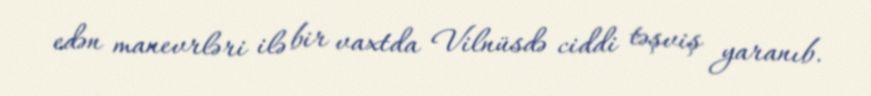
edən manevrləri ilə bir vaxtda Vilnüsdə ciddi təşviş yaranıb.